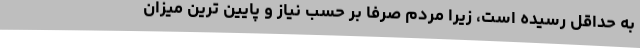
به حداقل رسیده است، زیرا مردم صرفا بر حسب نیاز و پایین ترین میزان